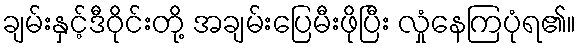
ချမ်းနှင့်ဒီဝိုင်းတို့ အချမ်းပြေမီးဖိုပြီး လှုံနေကြပုံရ၏။